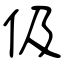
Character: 伋